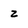
Character: z